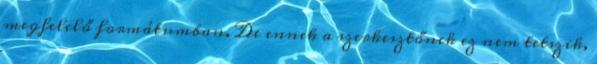
megfelelő formátumban. De ennek a szerkesztőnek ez nem tetszik,